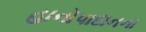
હાનોપાદાનના